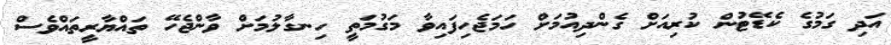
އަދި ގަމުގެ ކެޑޭޓުން ކުރިއަށް ގެންދިއުމަށް ހަމަޖެހިފައިވާ މަގުމަތީ ހިނގާލުމަށް ވާންޖެހޭ ތައްޔާރީތައްވެސް